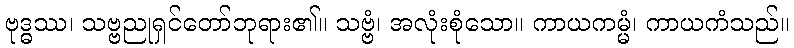
ဗုဒ္ဓဿ၊ သဗ္ဗညုရှင်တော်ဘုရား၏။ သဗ္ဗံ၊ အလုံးစုံသော။ ကာယကမ္မံ၊ ကာယကံသည်။